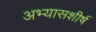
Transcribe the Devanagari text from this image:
अभ्यासशीर्ष